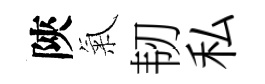
陝氣韧私